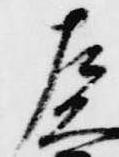
左